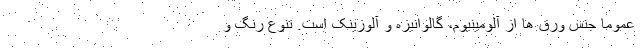
عموما جنس ورق ها از آلومینیوم، گالوانیزه و آلوزینک است. تنوع رنگ و